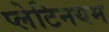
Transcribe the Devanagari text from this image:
प्लेटिनयम